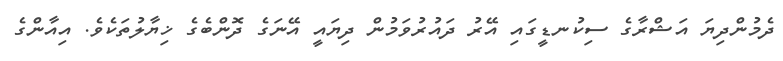
ދެމުންދިޔަ އަޝްރާގެ ސިކުނޑީގައި އޭރު ދައުރުވަމުން ދިޔައީ އޭނަގެ ދޮންބެގެ ޚިޔާލުތަކެވެ. އިއާންގެ